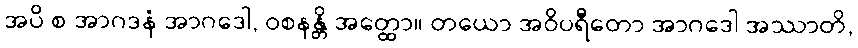
အပိ စ အာဂဒနံ အာဂဒေါ, ဝစနန္တိ အတ္ထော။ တယော အဝိပရီတော အာဂဒေါ အဿာတိ,